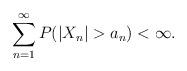
LaTeX: \begin{align*}\sum_{n=1}^{\infty} P(|X_{n}| > a_{n}) < \infty.\end{align*}